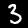
Digit: 3